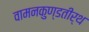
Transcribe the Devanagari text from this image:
वामनकुण्डतीर्थ